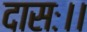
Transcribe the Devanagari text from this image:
दासः।।